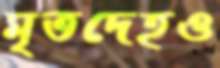
মৃতদেহও